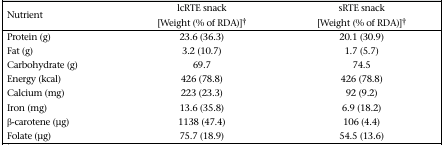
<table><thead><tr><td><b>Nutrient</b></td><td><b>lcRTE snack [Weight (% of RDA)]†</b></td><td><b>sRTE snack [Weight (% of RDA)]†</b></td></tr></thead><tbody><tr><td>Protein (g)</td><td>23.6 (36.3)</td><td>20.1 (30.9)</td></tr><tr><td>Fat (g)</td><td>3.2 (10.7)</td><td>1.7 (5.7)</td></tr><tr><td>Carbohydrate (g)</td><td>69.7</td><td>74.5</td></tr><tr><td>Energy (kcal)</td><td>426 (78.8)</td><td>426 (78.8)</td></tr><tr><td>Calcium (mg)</td><td>223 (23.3)</td><td>92 (9.2)</td></tr><tr><td>Iron (mg)</td><td>13.6 (35.8)</td><td>6.9 (18.2)</td></tr><tr><td>β-carotene (μg)</td><td>1138 (47.4)</td><td>106 (4.4)</td></tr><tr><td>Folate (μg)</td><td>75.7 (18.9)</td><td>54.5 (13.6)</td></tr></tbody></table>